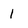
Character: 1